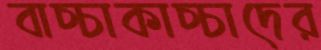
বাচ্চাকাচ্চাদের